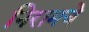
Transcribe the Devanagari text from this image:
निरामये